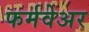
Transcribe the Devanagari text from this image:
फर्मवेअर